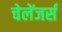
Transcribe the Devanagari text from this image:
चेलेंजर्स